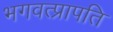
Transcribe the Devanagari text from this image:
भगवत्प्रापति